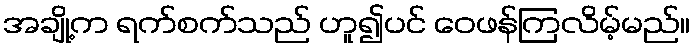
အချို့က ရက်စက်သည် ဟူ၍ပင် ဝေဖန်ကြလိမ့်မည်။